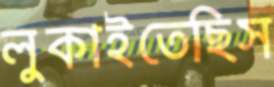
লুকাইতেছিস